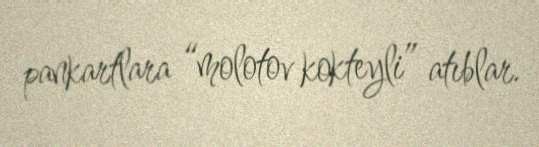
pankartlara “molotov kokteyli” atıblar.